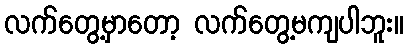
လက်တွေ့မှာတော့ လက်တွေ့မကျပါဘူး။